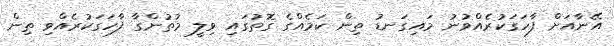
އޭނާއަށް ފާހަގަކުރެއްވުނު މައިގަނޑު ތިން ކަމެއްގެ ގޮތުގައި ވިލީ މުތުންގާ ފާހަގަކުރެއްވި ތިން